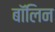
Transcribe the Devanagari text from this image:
बॉलिन